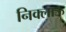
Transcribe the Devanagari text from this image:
निक्लाऊ